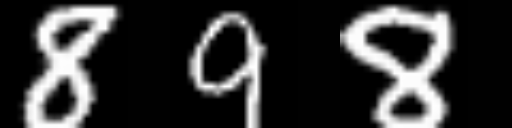
Text: 898